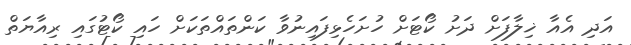
އަދި އެއާ ޚިލާފަށް ދަށު ކޯޓަށް ހުށަހެޅިފައިނުވާ ކަންތައްތަކަށް ހައި ކޯޓުގައި ރިއާޔަތް